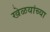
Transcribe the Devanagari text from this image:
खेळयांच्या